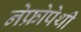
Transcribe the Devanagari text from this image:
नेफ्रोपेथी